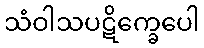
သံဝါသပဋိက္ခေပေါ